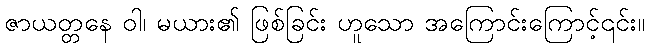
ဇာယတ္တနေ ဝါ၊ မယား၏ ဖြစ်ခြင်း ဟူသော အကြောင်းကြောင့်၎င်း။